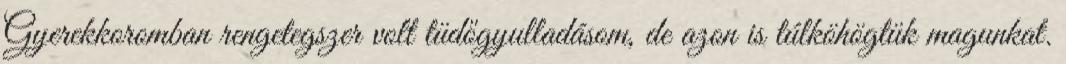
Gyerekkoromban rengetegszer volt tüdőgyulladásom, de azon is túlköhögtük magunkat.